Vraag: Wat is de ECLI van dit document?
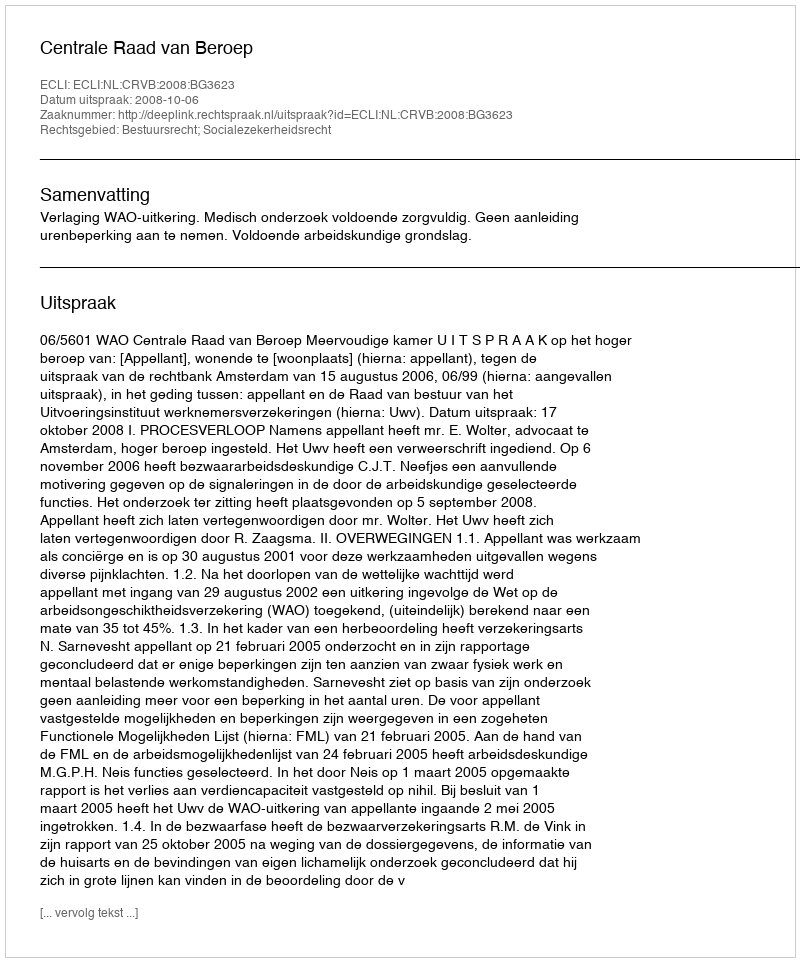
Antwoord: ECLI:NL:CRVB:2008:BG3623